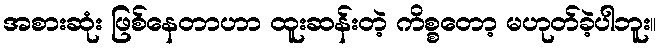
အစားဆုံး ဖြစ်နေတာဟာ ထူးဆန်းတဲ့ ကိစ္စတော့ မဟုတ်ခဲ့ပါဘူး။